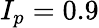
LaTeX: I_{p}=0.9